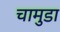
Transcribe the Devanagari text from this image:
चामुडा